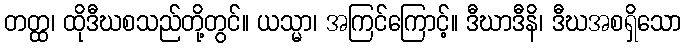
တတ္ထ၊ ထိုဒီဃစသည်တို့တွင်။ ယသ္မာ၊ အကြင်ကြောင့်။ ဒီဃာဒီနိ၊ ဒီဃအစရှိသော